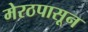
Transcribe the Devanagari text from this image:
मेरठपासून